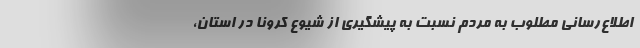
اطلاع‌رسانی مطلوب به مردم نسبت به پیشگیری از شیوع کرونا در استان،